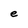
Character: e